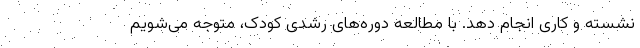
نشسته و کاری انجام دهد. با مطالعه دوره‌های رشدی کودک، متوجه می‌شویم